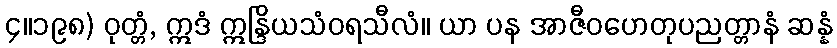
၄။၁၉၈) ဝုတ္တံ, ဣဒံ ဣန္ဒြိယသံဝရသီလံ။ ယာ ပန အာဇီဝဟေတုပညတ္တာနံ ဆန္နံ